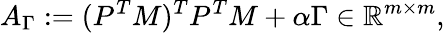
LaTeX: A_{\Gamma}:=(P^{T}M)^{T}P^{T}M+\alpha\Gamma\in\mathbb{R}^{m\times m},